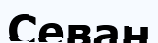
Севан